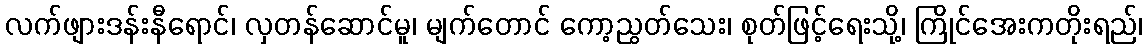
လက်ဖျားဒန်းနီရောင်၊ လှတန်ဆောင်မူ၊ မျက်တောင် ကော့ညွတ်သေး၊ စုတ်ဖြင့်ရေးသို့၊ ကြိုင်အေးကတိုးရည်၊